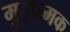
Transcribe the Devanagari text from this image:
मुद्रात्मक